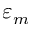
\varepsilon _ { m }